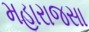
મહારાજસા